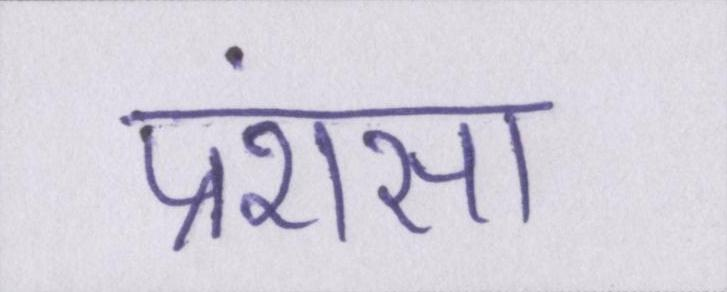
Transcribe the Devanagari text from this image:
प्रंशसा